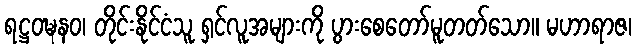
ရဋ္ဌဝဍ္ဎနဝ၊ တိုင်းနိုင်ငံသူ ရှင်လူအများကို ပွားစေတော်မူတတ်သော။ မဟာရာဇ၊